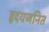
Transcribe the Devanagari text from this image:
हृदयजनित